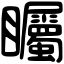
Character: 矚